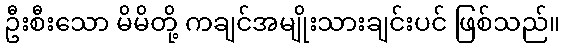
ဦးစီးသော မိမိတို့ ကချင်အမျိုးသားချင်းပင် ဖြစ်သည်။